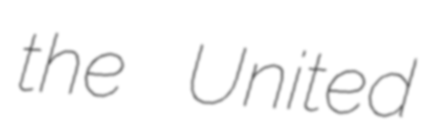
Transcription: the United